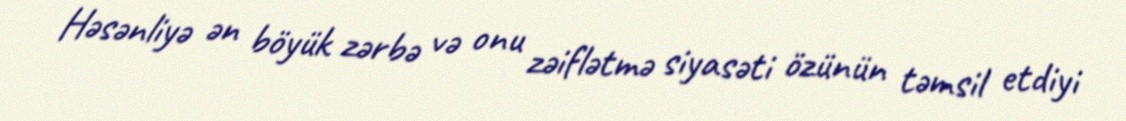
Həsənliyə ən böyük zərbə və onu zəiflətmə siyasəti özünün təmsil etdiyi